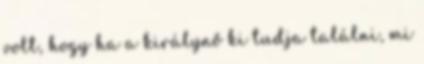
volt, hogy ha a királynő ki tudja találni, mi